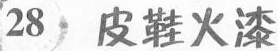
28 皮鞋火漆